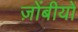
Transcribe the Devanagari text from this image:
ज़ोंबीयों